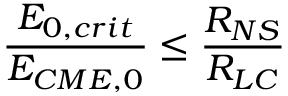
\frac { E _ { 0 , c r i t } } { E _ { C M E , 0 } } \leq \frac { R _ { N S } } { R _ { L C } }